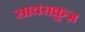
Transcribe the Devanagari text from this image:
सायराक्रुज़